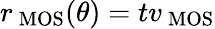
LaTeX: r_{\mathrm{\ MOS{}}}(\theta)=tv_{\mathrm{\ MOS{}}}